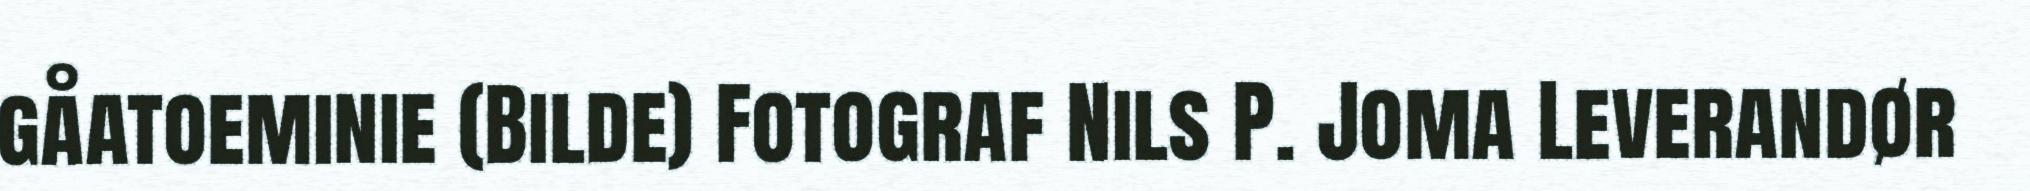
gåatoeminie (Bilde) Fotograf Nils P. Joma Leverandør